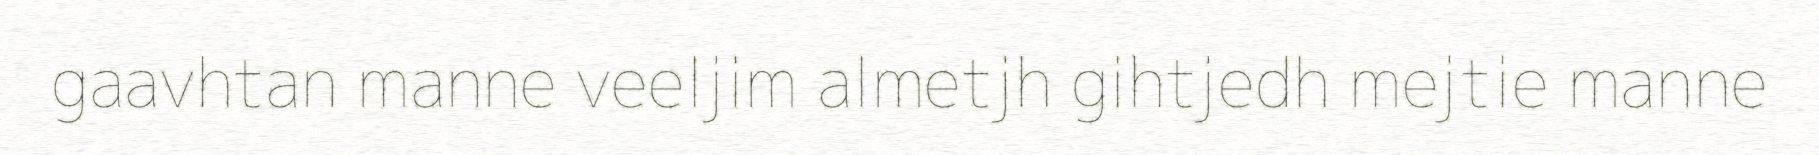
gaavhtan manne veeljim almetjh gihtjedh mejtie manne